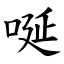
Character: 唌